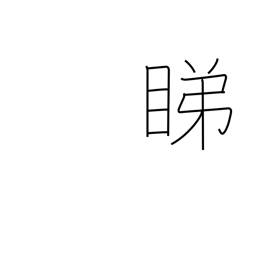
Meaning: looking askance at